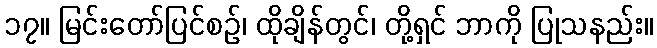
၁၇။ မြင်းတော်ပြင်စဉ်၊ ထိုချိန်တွင်၊ တို့ရှင် ဘာကို ပြုသနည်း။